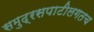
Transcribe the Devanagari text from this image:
समुद्रसपाटीलगतच